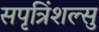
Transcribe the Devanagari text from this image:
सपृत्रिंशल्सु